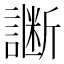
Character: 𲁵